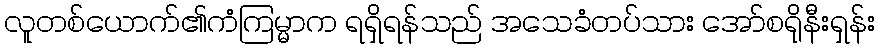
လူတစ်ယောက်၏ကံကြမ္မာက ရရှိရန်သည် အသေခံတပ်သား အော်စရိုနီးရှန်း